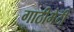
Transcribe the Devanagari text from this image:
गाठीभेटी